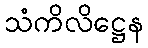
သံကိလိဋ္ဌေန